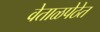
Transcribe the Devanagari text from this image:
वेताळपेठेत